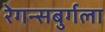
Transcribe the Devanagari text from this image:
रेगन्सबुर्गला